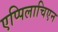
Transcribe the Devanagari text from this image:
एप्पिलाचिएन